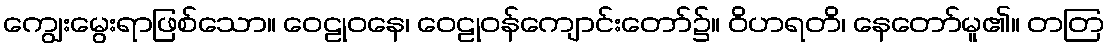
ကျွေးမွေးရာဖြစ်သော။ ဝေဠုဝနေ၊ ဝေဠုဝန်ကျောင်းတော်၌။ ဝိဟရတိ၊ နေတော်မူ၏။ တတြ